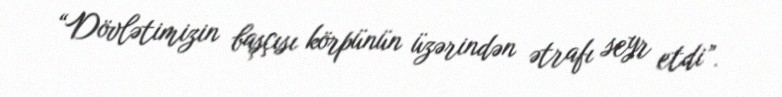
“Dövlətimizin başçısı körpünün üzərindən ətrafı seyr etdi”.